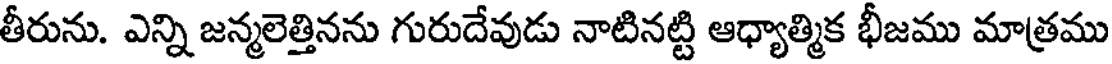
తీరును. ఎన్ని జన్మలెత్తినను గురుదేవుడు నాటినట్టి ఆధ్యాత్మిక భీజము మాత్రము